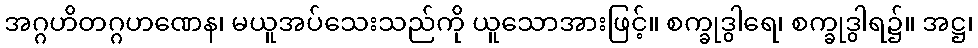
အဂ္ဂဟိတဂ္ဂဟဏေန၊ မယူအပ်သေးသည်ကို ယူသောအားဖြင့်။ စက္ခုဒွါရေ၊ စက္ခုဒွါရ၌။ အဋ္ဌ၊